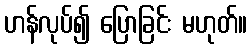
ဟန်လုပ်၍ ပြောခြင်း မဟုတ်။